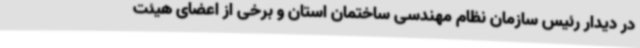
در دیدار رئیس سازمان نظام مهندسی ساختمان استان و برخی از اعضای هیئت